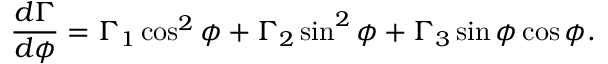
\frac { d \Gamma } { d \phi } = \Gamma _ { 1 } \cos ^ { 2 } \phi + \Gamma _ { 2 } \sin ^ { 2 } \phi + \Gamma _ { 3 } \sin \phi \cos \phi .